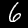
Digit: 6